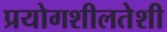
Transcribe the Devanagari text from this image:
प्रयोगशीलतेशी